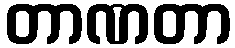
တာဏတာ